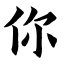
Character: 你